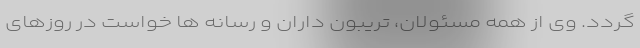
گردد. وی از همه مسئولان، تریبون داران و رسانه ها خواست در روزهای